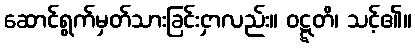
ဆောင်ရွက်မှတ်သားခြင်းငှာလည်း။ ဝဋ္ဋတိ၊ သင့်၏။